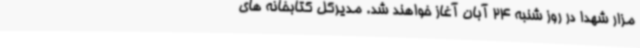
مزار شهدا در روز شنبه 24 آبان آغاز خواهند شد. مدیرکل کتابخانه های